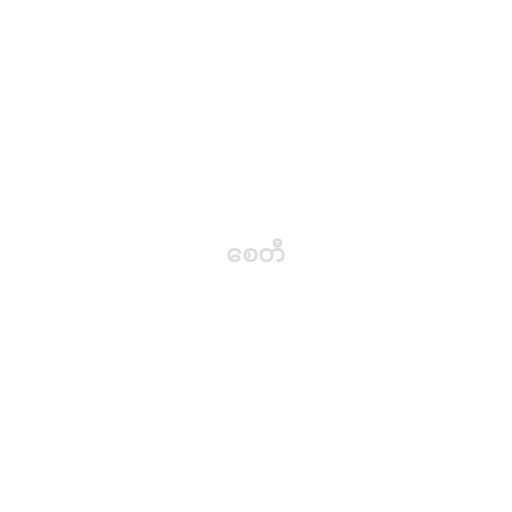
စေတီ